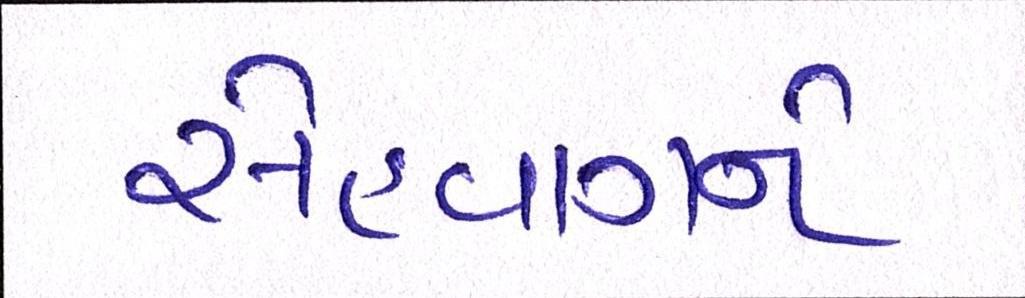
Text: સેહવાગને